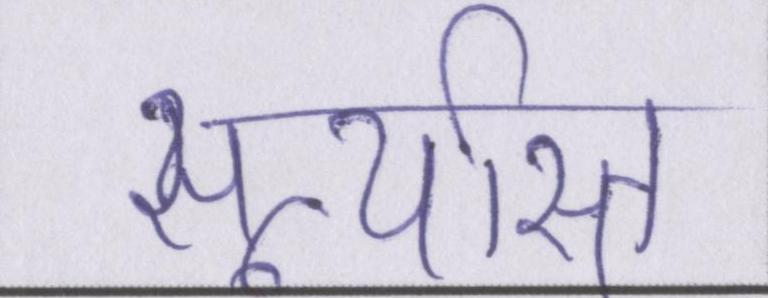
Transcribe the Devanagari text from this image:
सूर्यास्त